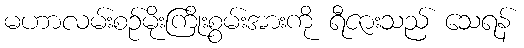
မဟာလမ်းစဉ်မိုးကြိုးစွမ်းအားကို ရီဇားသည် သေရန်